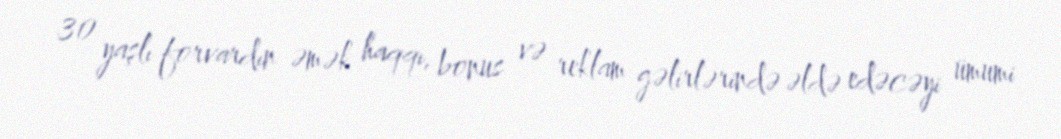
30 yaşlı forvardın əmək haqqı, bonus və reklam gəlirlərində əldə edəcəyi ümumi